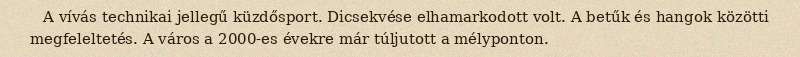
A vívás technikai jellegű küzdősport. Dicsekvése elhamarkodott volt. A betűk és hangok közötti megfeleltetés. A város a 2000-es évekre már túljutott a mélyponton.